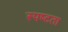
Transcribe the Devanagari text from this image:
स्‍पष्‍टता